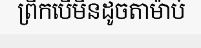
ព្រឹកបើមិនដូចតាម៉ាប់